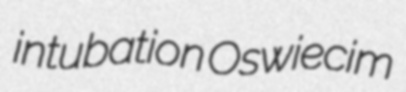
intubation Oswiecim